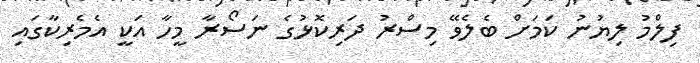
ފިލްމު ލިޔުނު ކަމަށް ބެލެވޭ މިސްރު ދަރިކޮޅުގެ ނަސޯރާ މީހާ އަކީ އެމެރިކާގައި